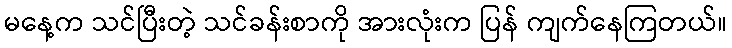
မနေ့က သင်ပြီးတဲ့ သင်ခန်းစာကို အားလုံးက ပြန် ကျက်နေကြတယ်။